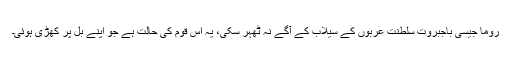
روما جیسی باجبروت سلطنت عربوں کے سیلاب کے آگے نہ ٹھہر سکی، یہ اس قوم کی حالت ہے جو اپنے بَل پر کھڑی ہوئی۔